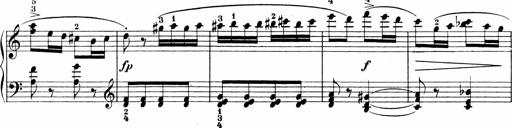
Title: Sonatinen Op.47, 98 und 136, nebst 6 Liedersonatinen
Composer: Carl Reinecke